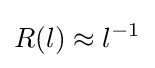
R(l)\approx l^{-1}